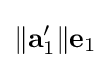
\|\mathbf {a} _{1}^{\prime }\|\mathbf {e} _{1}